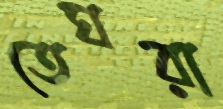
তেঘরা